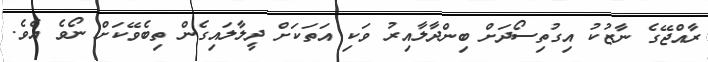
ރާއްޖޭގެ ނާޒުކު އިގުތިސޯދަށް ބިންދާލާއިރު ވަކި އަތަކަށް ދީލާލައިގެން ތިބެވޭކަށް ނޯވެ އެވެ.